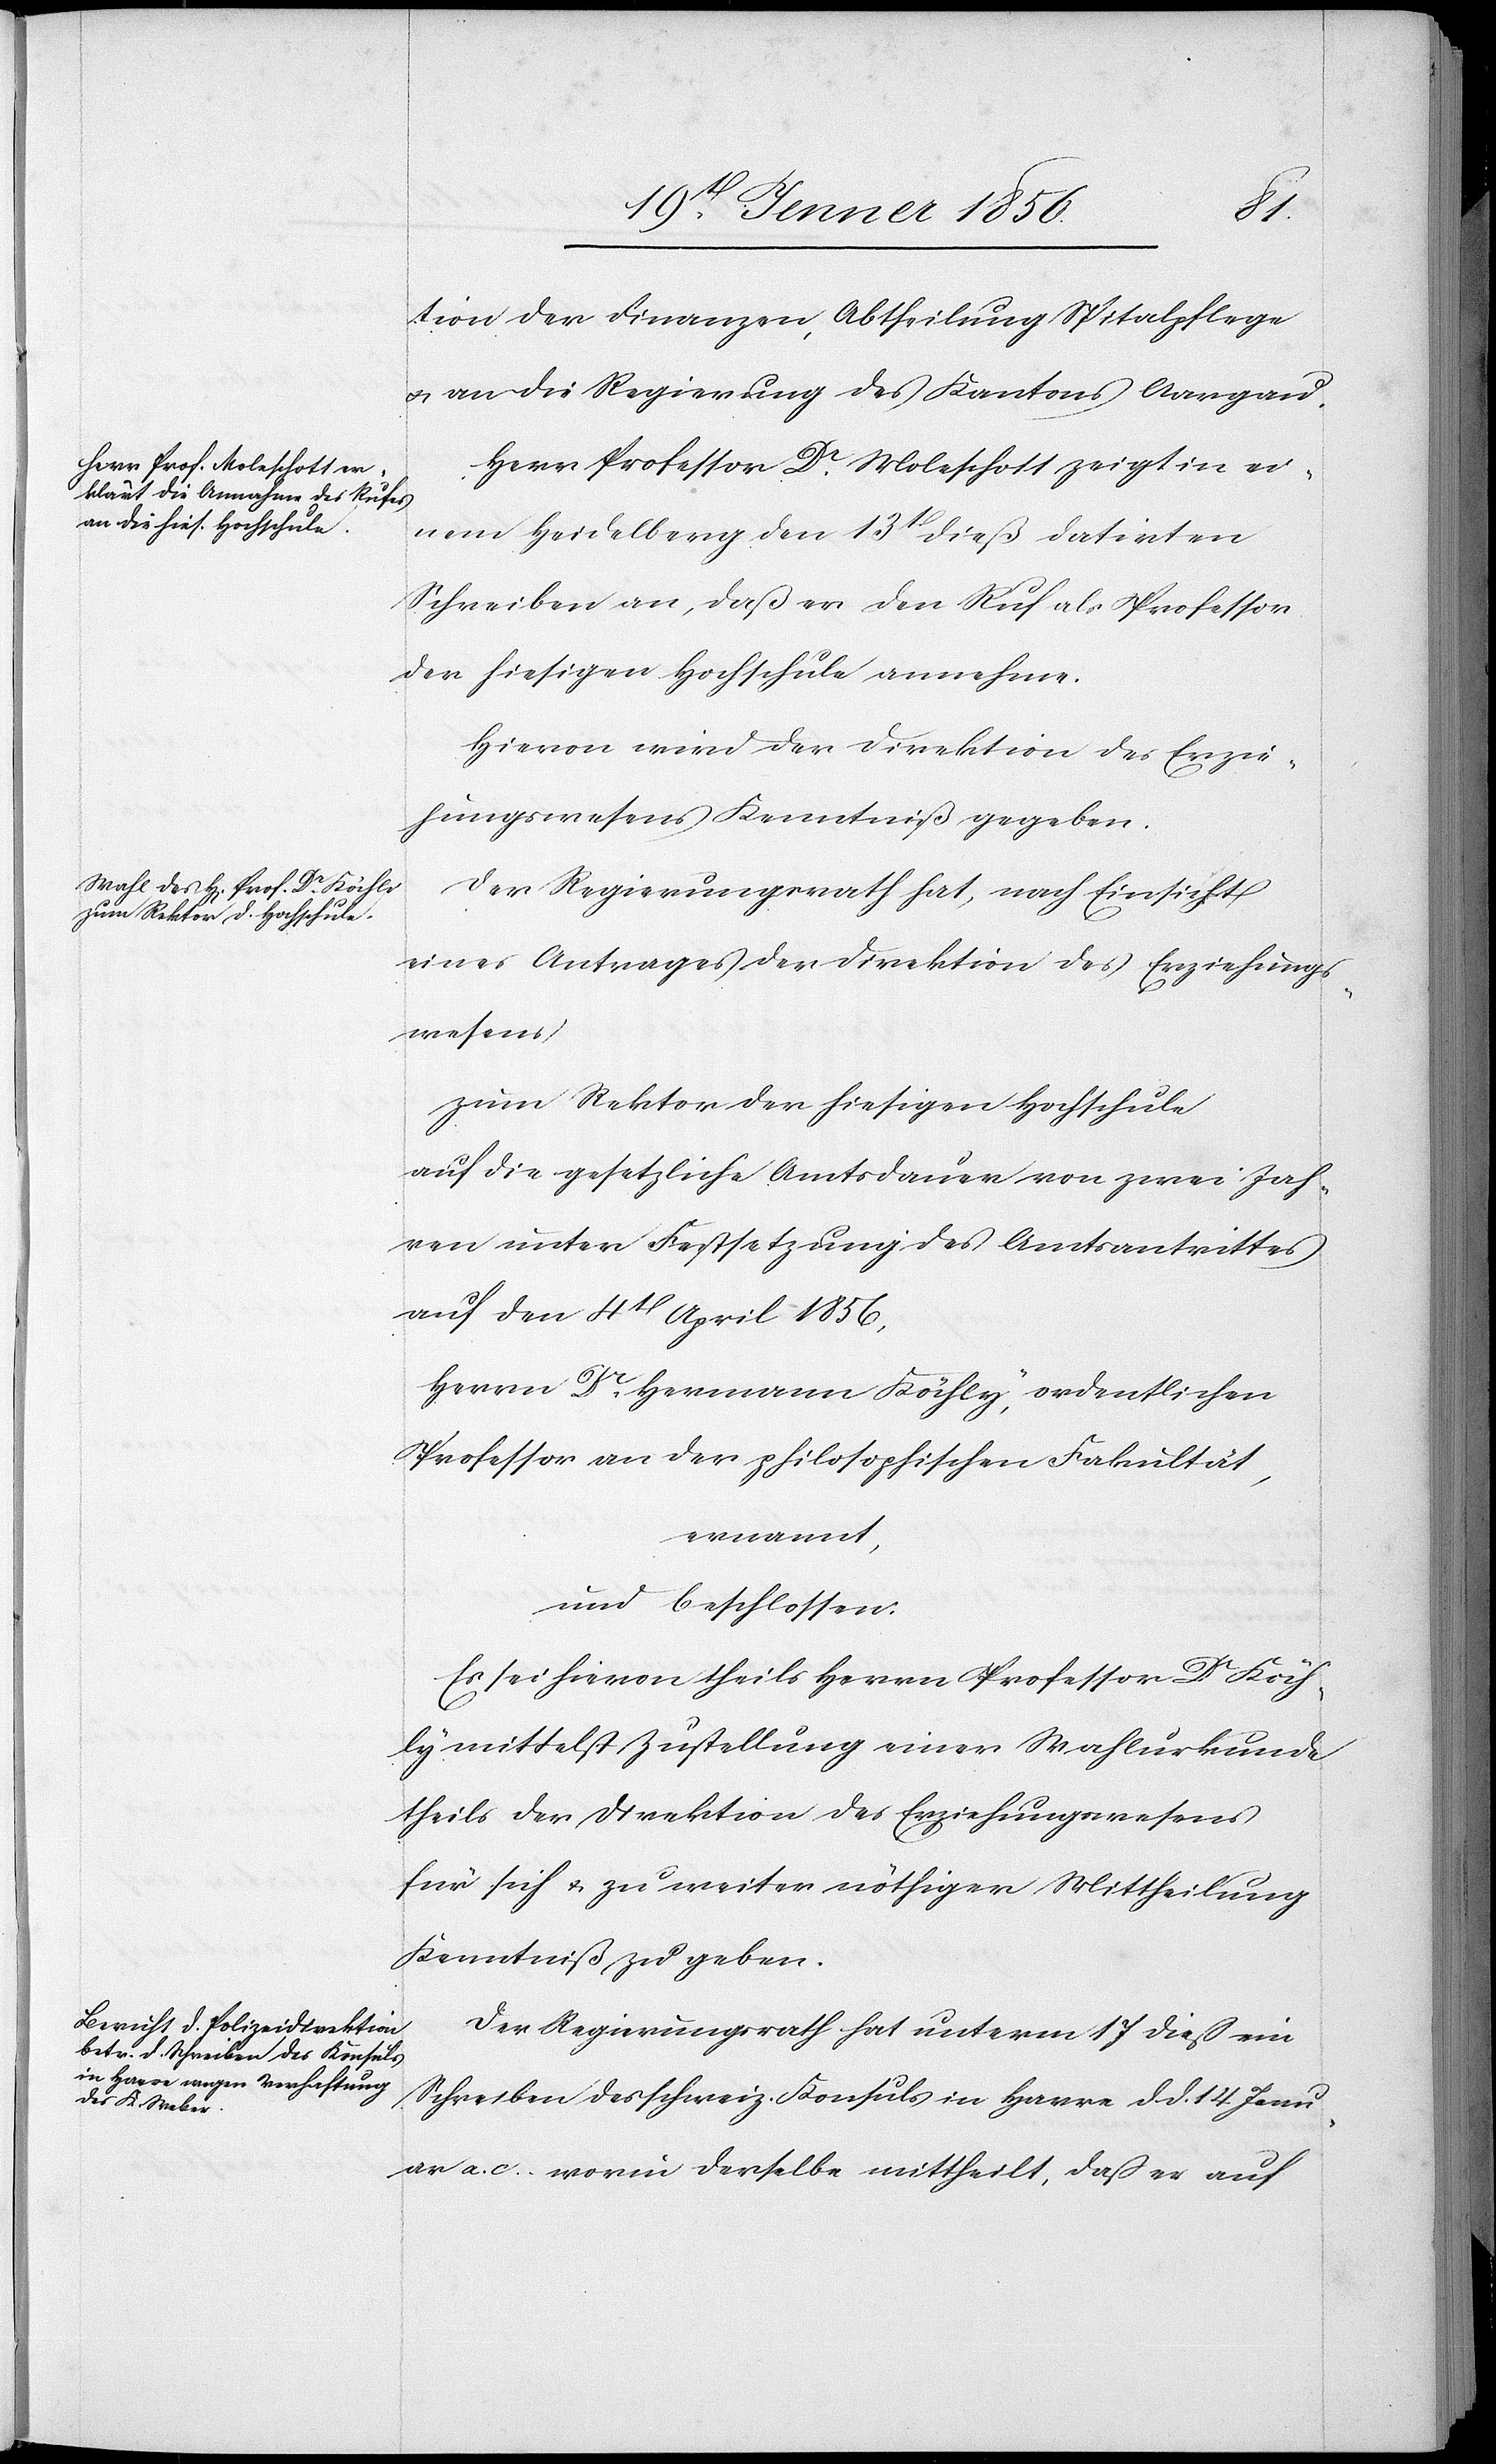
tion der Finanzen, Abtheilung Spitalpflege
u. an die Regierung des Kantons Aargau.
Herr Professor Dr. Moleschott zeigt in ei¬
nem Heidelberg den 13t dieß datirten
Schreiben an, daß er den Ruf als Professor
der hiesigen Hochschule annehme.
Hievon wird der Direktion des Erzie¬
hungswesens Kenntniß gegeben.
Der Regierungsrath hat, nach Einsicht
eines Antrages der Direktion des Erziehungs¬
wesens
zum Rektor der hiesigen Hochschule
auf die gesetzliche Amtsdauer von zwei Jah¬
ren unter Festsetzung des Amtsantrittes
auf den 4t April 1856,
Herrn Dr. Hermann Köchly [sic!] ordentlichen
Professor an der philosophischen Fakultät,
ernannt,
und beschlossen:
Es sei hievon theils Herrn Professor Dr Köch¬
ly mittelst Zustellung einer Wahlurkunde
theils der Direktion des Erziehungswesens
für sich u. zu weiter nöthiger Mittheilung
Kenntniß zu geben.
Der Regierungsrath hat unterm 17 dieß ein
Schreiben des schweiz. Konsuls in Ha[?vr]e d. d. 14 Janu¬
ar a. c. worin derselbe mittheilt, daß er auf